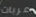
عربات